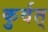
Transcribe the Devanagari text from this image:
कुर्वत्